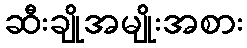
ဆီးချိုအမျိုးအစား